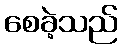
စေခဲ့သည်